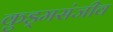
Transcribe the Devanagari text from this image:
कुड्मसंजीव